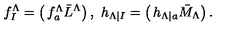
f _ { I } ^ { \Lambda } = \left( \begin{matrix} { f _ { a } ^ { \Lambda } } \\ { \bar { L } ^ { \Lambda } } \\ \end{matrix} \right) , \ h _ { \Lambda | I } = \left( \begin{matrix} { h _ { \Lambda | a } } \\ { \bar { M } _ { \Lambda } } \\ \end{matrix} \right) .